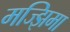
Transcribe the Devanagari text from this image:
मज्झिमा